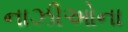
નાઝીઓના